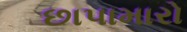
છાપામારો